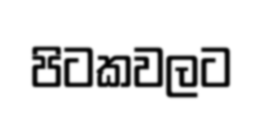
පිටකවලට